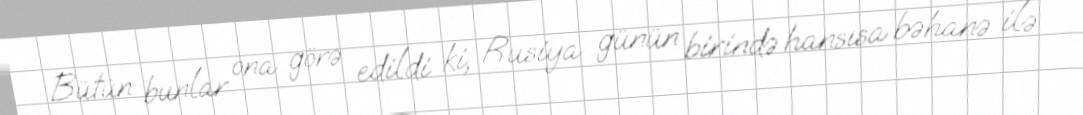
Bütün bunlar ona görə edildi ki, Rusiya günün birində hansısa bəhanə ilə